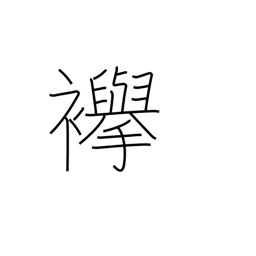
Meaning: cord to hold up sleeves